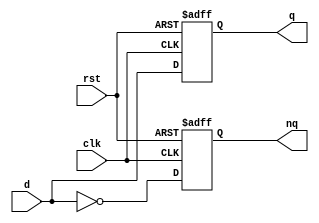
module dflipflop
  (
    input clk,
    input d,
    input rst,
    output reg q,
    output reg nq
  );
  
  always @(posedge clk or negedge rst)
    begin
      if (~rst) begin
      	q<=0;
        nq<=1;
      end
      else
        begin
          q<=d;
          nq<=~d;
        end
    end
  
endmodule